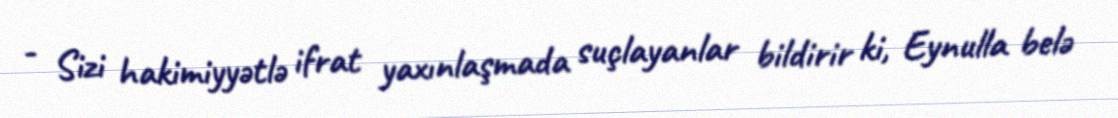
- Sizi hakimiyyətlə ifrat yaxınlaşmada suçlayanlar bildirir ki, Eynulla belə